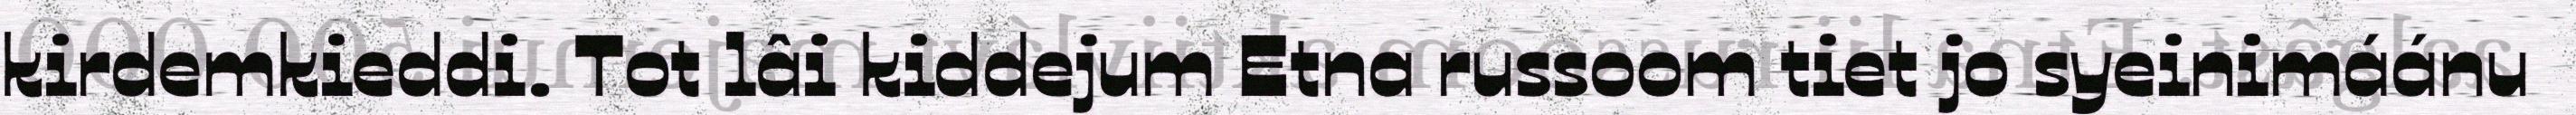
kirdemkieddi. Tot lâi kiddejum Etna russoom tiet jo syeinimáánu